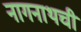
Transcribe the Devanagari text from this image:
नागनाथची